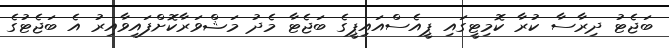
ބަޖެޓު ދިރާސާ ކުރާ ކޮމިޓީގައި ޕީއެސްއައިޕީގެ ބަޖެޓާ މެދު މަޝްވަރާކޮށްފައިވާއިރު އެ ބަޖެޓުގެ